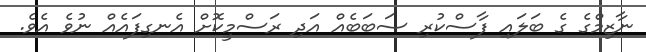
ނާޒިމްގެ ގެ ބަލައި ފާސްކުރި ސަބަބެއް އަދި ރަސްމީކޮށް އެނގިފައެއް ނުވެ އެވެ.